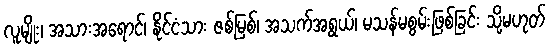
လူမျိုး၊ အသားအရောင်၊ နိုင်ငံသား ဇစ်မြစ်၊ အသက်အရွယ်၊ မသန်မစွမ်းဖြစ်ခြင်း သို့မဟုတ်